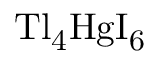
\mathrm { T l _ { 4 } H g I _ { 6 } }